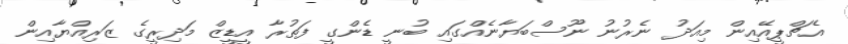
އެޗްޕީއޭއިން މިއަދު ނެރުނު ނޫސްބަޔާނެއްގައި ބުނީ ޑެންގީ ފަތުރާ އީޑީޒް މަދިރީގެ ޒަރިއްޔާއިން